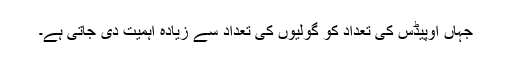
جہاں اوپیڈس کی تعداد کو گولیوں کی تعداد سے زیادہ اہمیت دی جاتی ہے۔